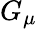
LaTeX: G_{\mu}